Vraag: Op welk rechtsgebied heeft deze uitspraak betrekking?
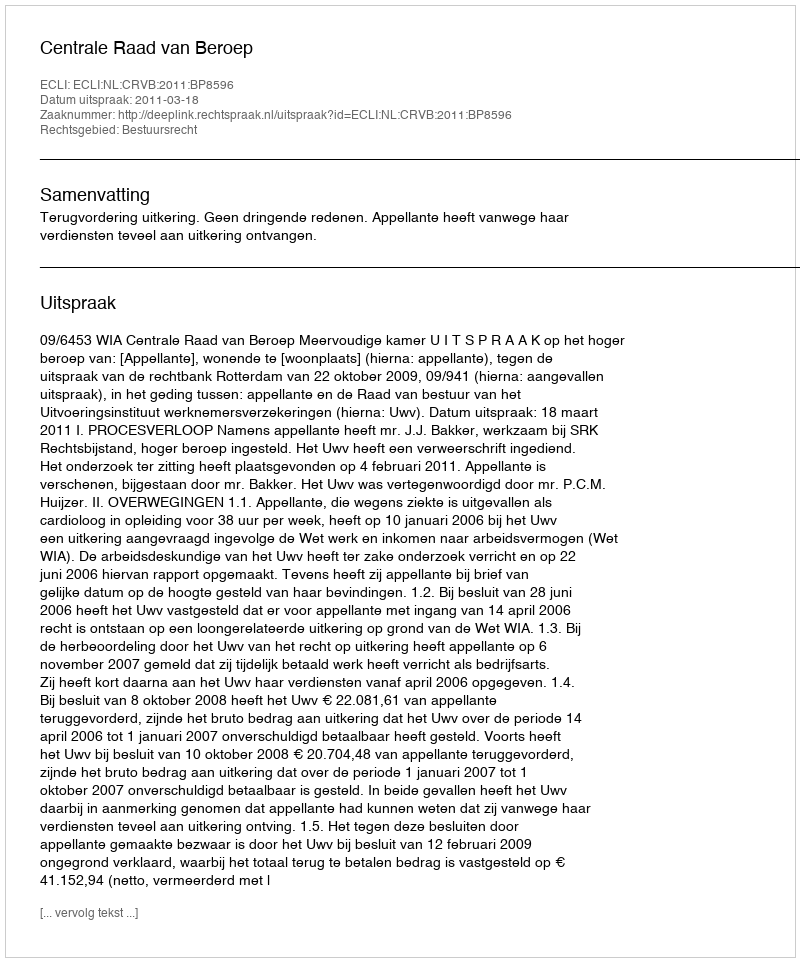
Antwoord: Bestuursrecht